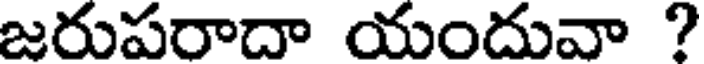
జరుపరాదా యందువా ?